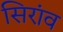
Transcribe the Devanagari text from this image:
सिरांव